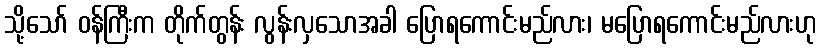
သို့သော် ဝန်ကြီးက တိုက်တွန်း လွန်းလှသောအခါ ပြောရကောင်းမည်လား၊ မပြောရကောင်းမည်လားဟု